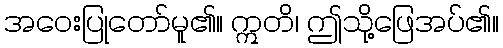
အဝေးပြုတော်မူ၏။ ဣတိ၊ ဤသို့ဖြေအပ်၏။